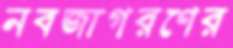
নবজাগরণের